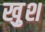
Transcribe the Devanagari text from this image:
खु़श